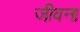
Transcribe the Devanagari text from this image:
जीवना